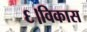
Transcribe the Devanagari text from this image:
६।विकास